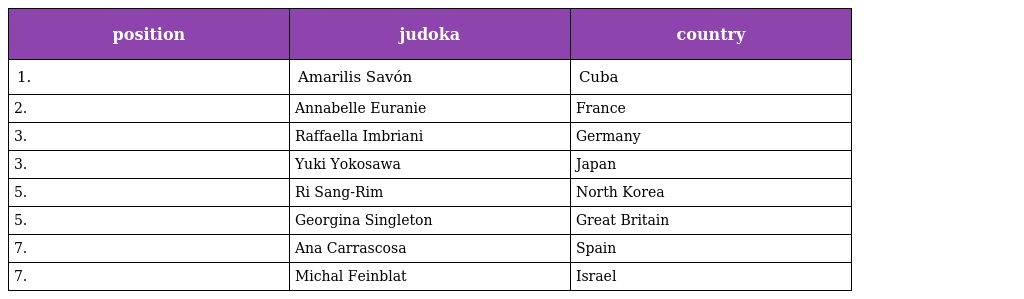
| position | judoka | country |
 | --- | --- | --- |
 | 1. | Amarilis Savón | Cuba |
 | 2. | Annabelle Euranie | France |
 | 3. | Raffaella Imbriani | Germany |
 | 3. | Yuki Yokosawa | Japan |
 | 5. | Ri Sang-Rim | North Korea |
 | 5. | Georgina Singleton | Great Britain |
 | 7. | Ana Carrascosa | Spain |
 | 7. | Michal Feinblat | Israel |